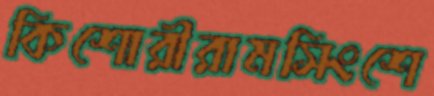
কিশোরীরামসিংশে